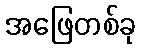
အဖြေတစ်ခု